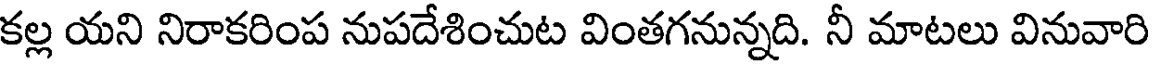
కల్ల యని నిరాకరింప నుపదేశించుట వింతగనున్నది. నీ మాటలు వినువారి